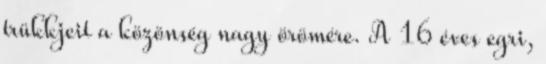
trükkjeit a közönség nagy örömére. A 16 éves egri,